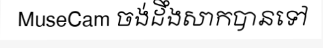
MuseCam ចង់ដឹងសាកបានទៅ